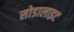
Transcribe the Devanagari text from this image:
सोडालाइट